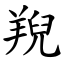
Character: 䍲